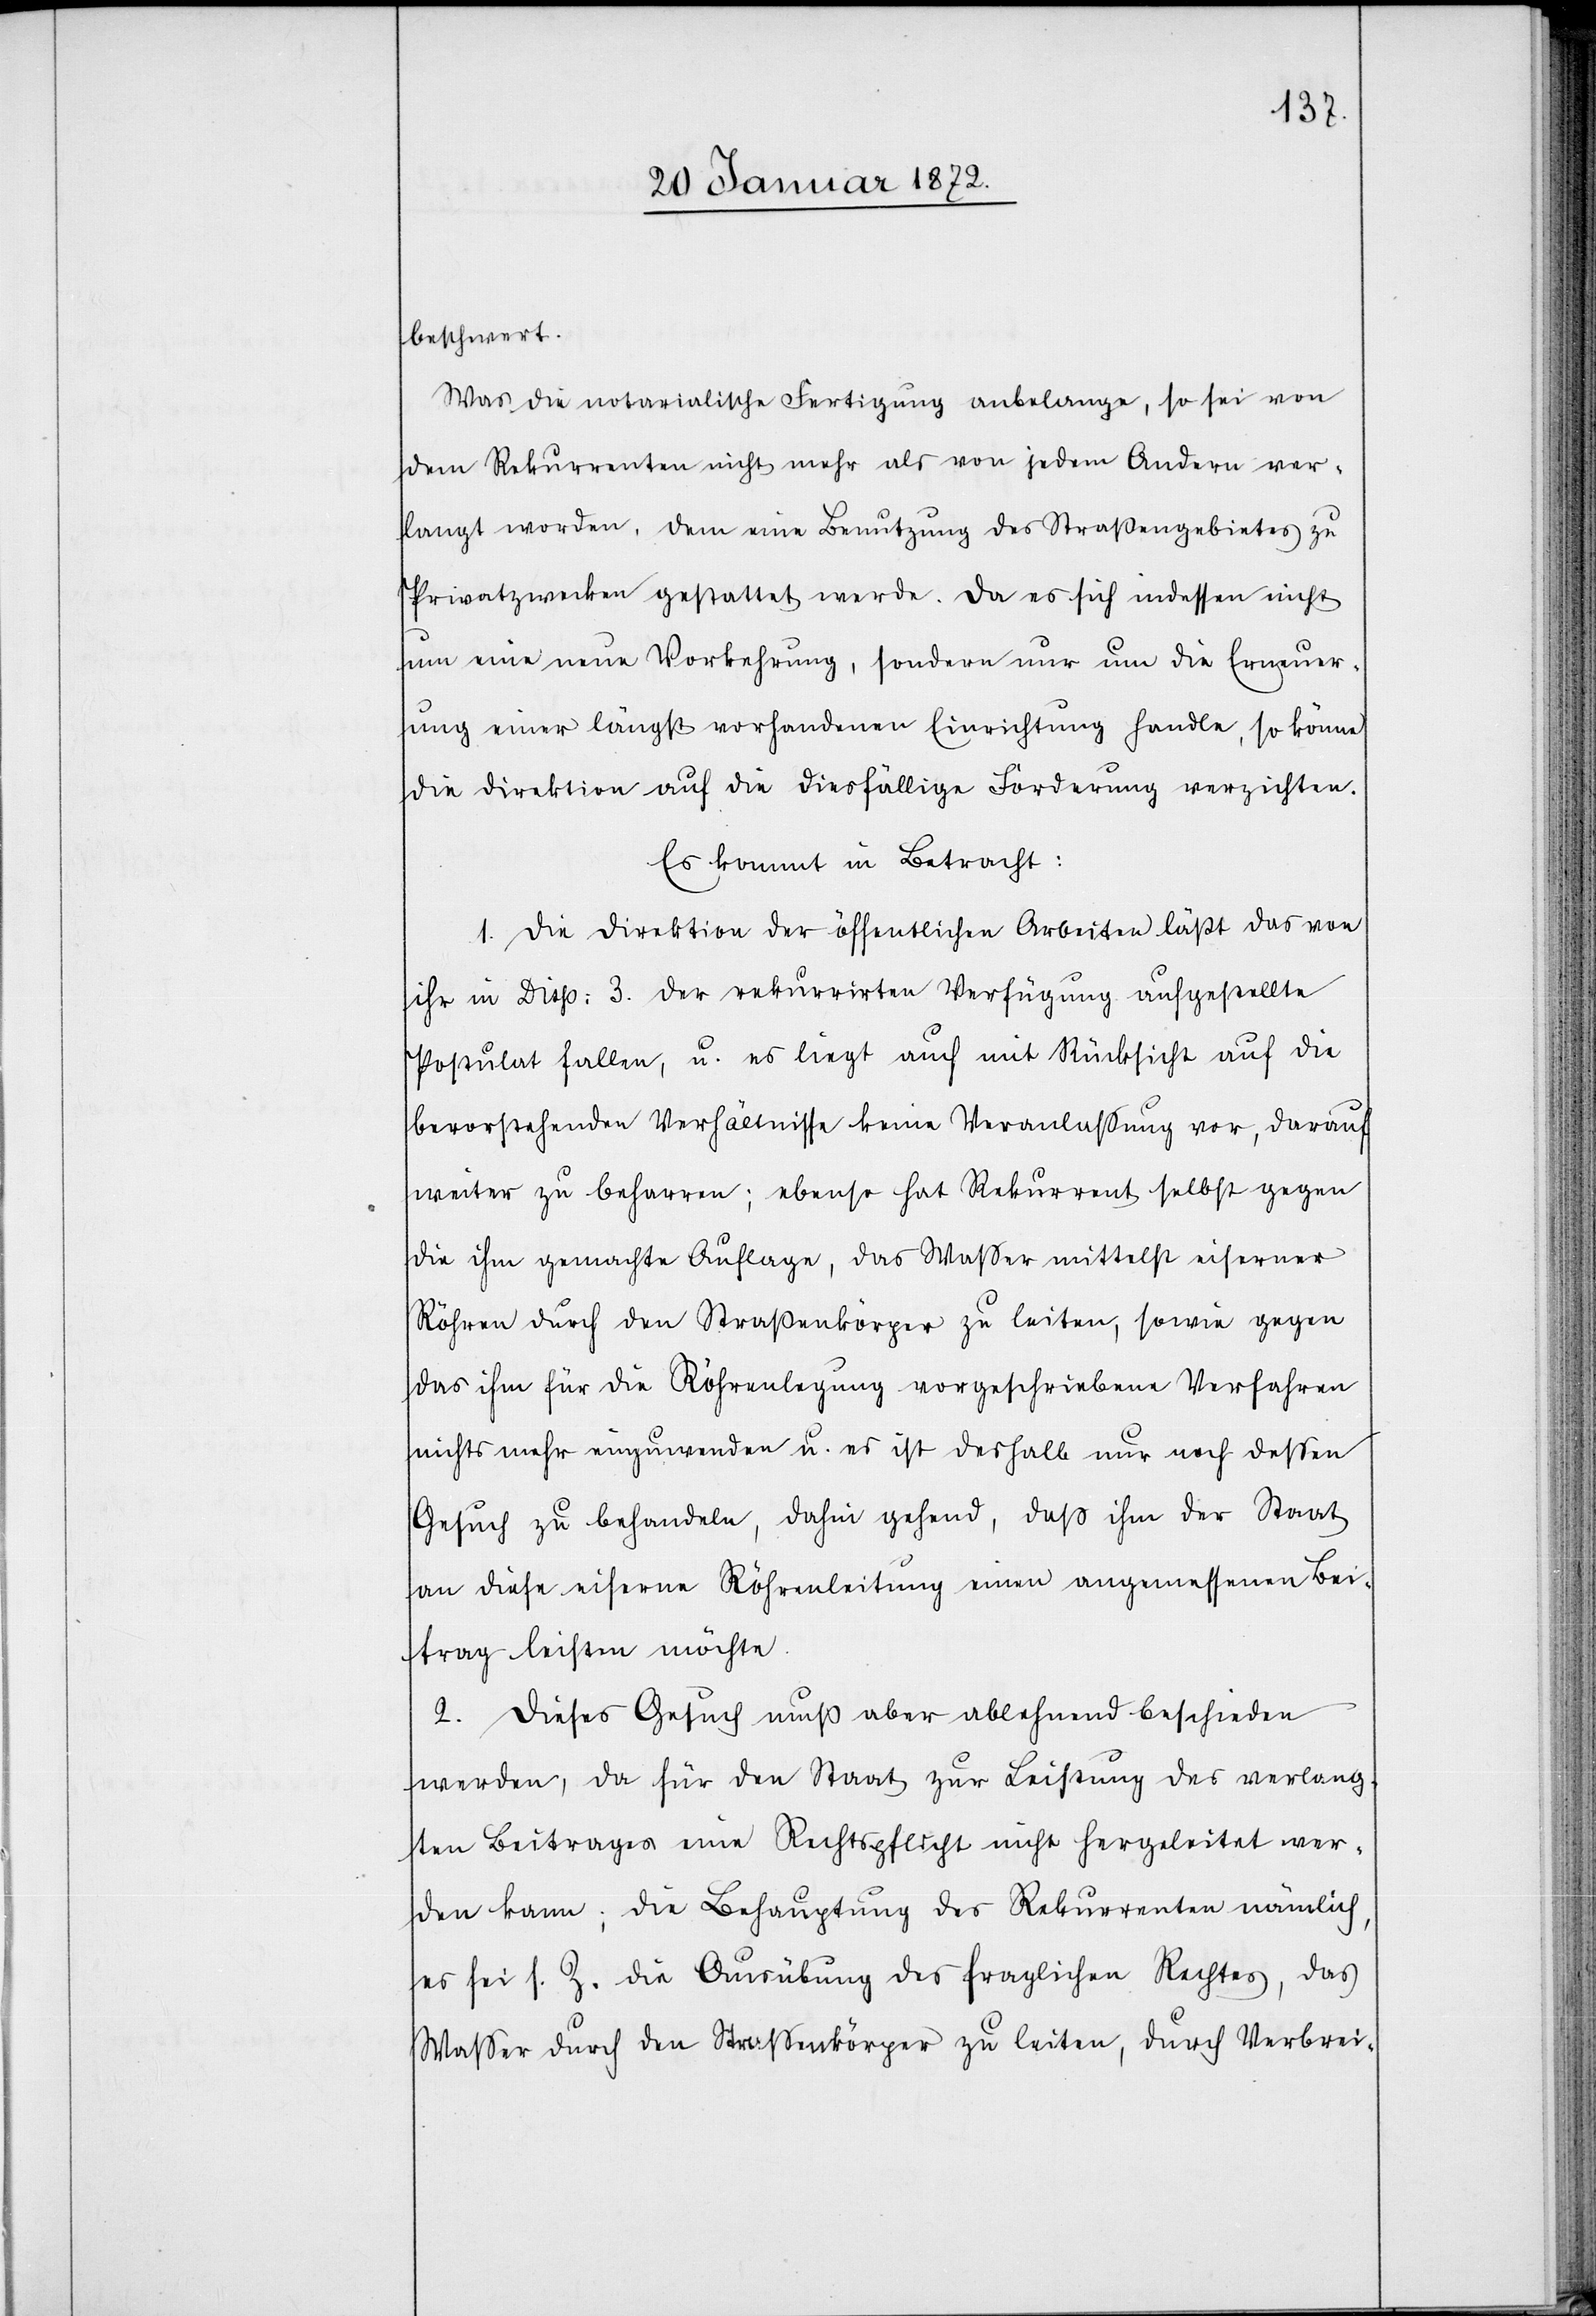
beschwert.
Was die notarialische Fertigung anbelange, so sei von
dem Rekurrenten nicht mehr als von jedem Andern ver¬
langt worden, dem eine Benutzung des Straßengebietes zu
Privatzwecken gestattet werde. Da es sich indessen nicht
um eine neue Vorkehrung, sondern nur um die Erneuer¬
ung einer längst vorhandenen Einrichtung handle, so könne
die Direktion auf die diesfällige Forderung verzichten.
Es kommt in Betracht:
1. Die Direktion der öffentlichen Arbeiten läßt das von
ihr in Disp: 3. der rekurrirten Verfügung aufgestellte
Postulat fallen, u. es liegt auch mit Rücksicht auf die
bevorstehenden Verhältnisse keine Veranlassung vor, darauf
weiter zu beharren; ebenso hat Rekurrent selbst gegen
die ihm gemachte Auflage, das Wasser mittelst eiserner
Röhren durch den Straßenkörper zu leiten, sowie gegen
das ihm für die Röhrenlegung vorgeschriebene Verfahren
nichts mehr einzuwenden u. es ist deshalb nur nach dessen
Gesuch zu behandeln, dahin gehend, daß ihm der Staat
an diese eiserne Röhrenleitung einen angemessenen Bei¬
trag leisten möchte.
2. Dieses Gesuch muß aber ablehnend beschieden
werden, da für den Staat zur Leistung des verlang¬
ten Beitrages eine Rechtspflicht nicht hergeleitet wer¬
den kann; die Behauptung des Rekurrenten nämlich,
es sei s. Z. die Ausübung des fraglichen Rechtes, das
Wasser durch den Strassenkörper zu leiten, durch Verbrei-